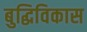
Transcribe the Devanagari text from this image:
बुद्धिविकास